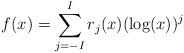
LaTeX: \begin{align*} f(x) = \sum_{j=-I}^I r_{j}(x) (\log(x))^j \end{align*}